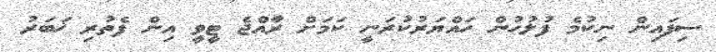
ސިފައިން ނިކުމެ ފުލުހުން ހައްޔަރުކުރަނީ ކަމަށް ރާއްޖެ ޓީވީ އިން ފެތުރި ޚަބަރު